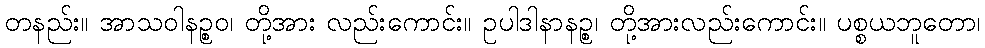
တနည်း။ အာသဝါနဉ္စဝ၊ တို့အား လည်းကောင်း။ ဥပါဒါနာနဉ္စ၊ တို့အားလည်းကောင်း။ ပစ္စယဘူတော၊